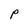
Character: P